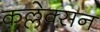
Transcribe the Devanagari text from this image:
कल्लेक्सन